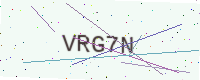
Text: VRG7N